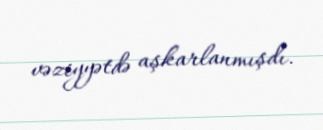
vəziyyətdə aşkarlanmışdı.